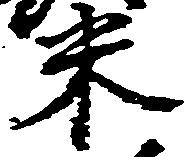
米